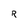
Character: R